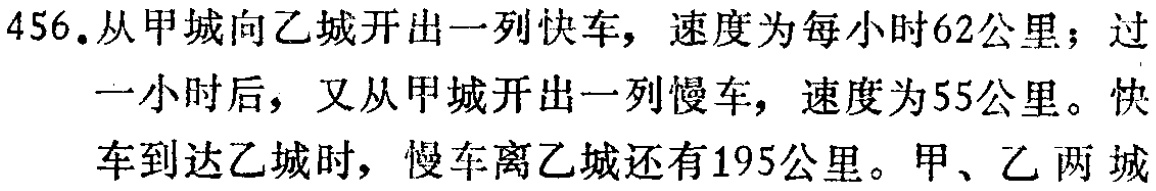
456.从甲城向乙城开出一列快车，速度为每小时62公里；过一小时后，又从甲城开出一列慢车，速度为55公里。快车到达乙城时，慢车离乙城还有195公里。甲、乙两城